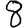
Digit: 8